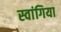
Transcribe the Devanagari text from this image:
स्वांगिया